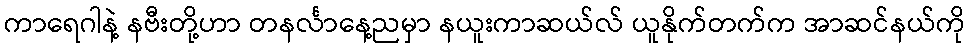
ကာရေဂါနဲ့ နဗီးတို့ဟာ တနင်္လာနေ့ညမှာ နယူးကာဆယ်လ် ယူနိုက်တက်က အာဆင်နယ်ကို